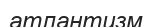
атлантизм